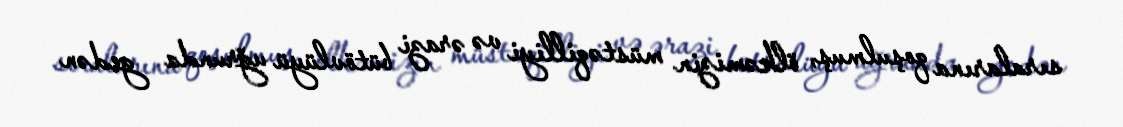
sıralarına qoşulmuş, ölkəmizin müstəqilliyi və ərazi bütövlüyü uğrunda gedən